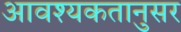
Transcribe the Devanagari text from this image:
आवश्यकतानुसर